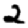
Digit: 2